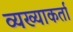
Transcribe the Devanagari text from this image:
व्यख्याकर्ता